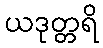
ယဒုတ္တရိ